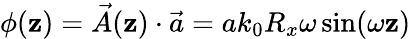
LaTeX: \phi(\mathbf{z})=\vec{{A}}(\mathbf{z})\cdot\vec{{a}}=ak_{0}R_{x}\omega\sin(\omega\mathbf{z})